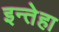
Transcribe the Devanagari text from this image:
इन्तेहा